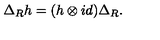
\Delta _ { R } h = ( h \otimes i d ) \Delta _ { R } .